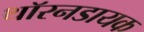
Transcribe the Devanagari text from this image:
थॉरनडायक